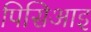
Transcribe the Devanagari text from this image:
पिसिआइ